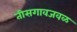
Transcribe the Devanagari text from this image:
तीसगावजवळ